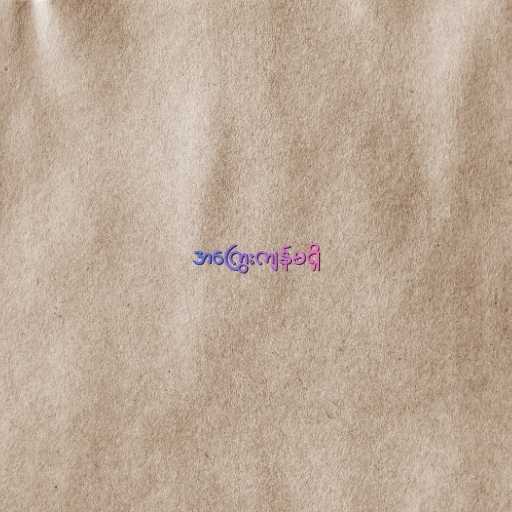
အကြွေးကျန်မရှိ